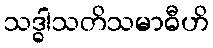
သဒ္ဓါသတိသမာဓီဟိ